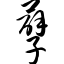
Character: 孽